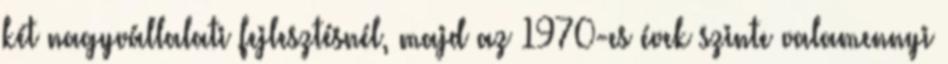
két nagyvállalati fejlesztésnél, majd az 1970-es évek szinte valamennyi